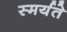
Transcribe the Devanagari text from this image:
स्मर्यते